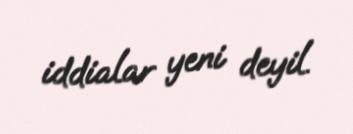
iddialar yeni deyil.